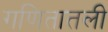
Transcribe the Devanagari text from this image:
गणितातली